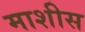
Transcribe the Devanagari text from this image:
माशीस